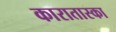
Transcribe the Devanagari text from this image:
कारातास्का